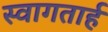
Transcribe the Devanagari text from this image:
स्‍वागतार्ह